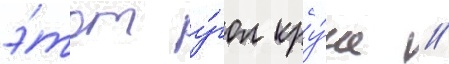
э́тот у́гол кру́че /